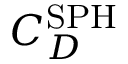
C _ { D } ^ { \mathrm { S P H } }